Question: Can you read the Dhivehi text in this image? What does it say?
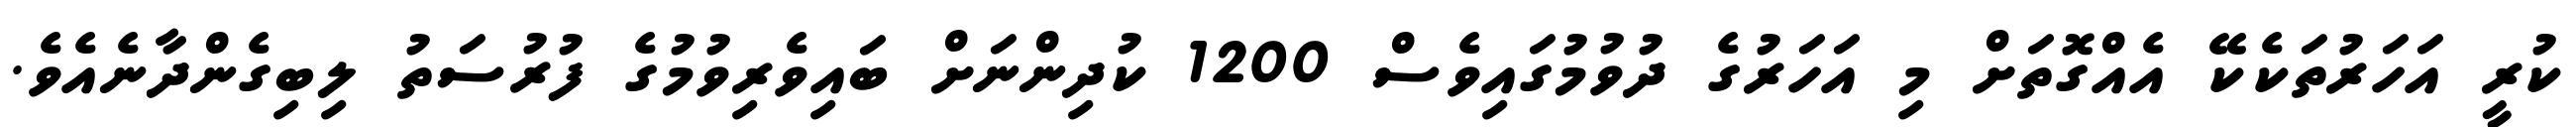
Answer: ކުރީ އަހަރުތަކެކޭ އެއްގޮތަށް މި އަހަރުގެ ދުވުމުގައިވެސް 1200 ކުދިންނަށް ބައިވެރިވުމުގެ ފުރުސަތު ލިބިގެންދާނެއެވެ.